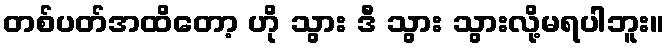
တစ်ပတ်အထိတော့ ဟို သွား ဒီ သွား သွားလို့မရပါဘူး။